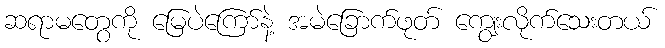
ဆရာမတွေကို မြေပဲကြော်နဲ့ အမဲခြောက်ဖုတ် ကျွေးလိုက်သေးတယ်